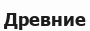
Древние